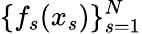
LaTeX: \{ f_{s}(x_{s})\} _{s=1}^{N}